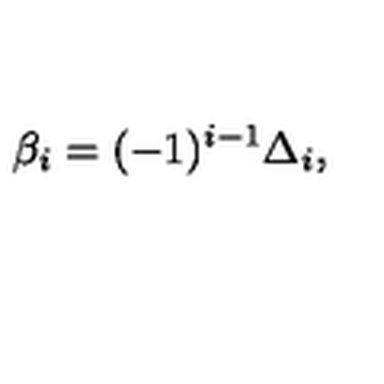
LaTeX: \beta _ { i } = ( - 1 ) ^ { i - 1 } \Delta _ { i } ,